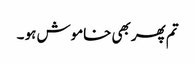
تم پھر بھی خاموش ہو ۔